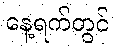
နေ့ရက်တွင်